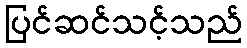
ပြင်ဆင်သင့်သည်